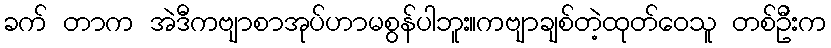
ခက် တာက အဲဒီကဗျာစာအုပ်ဟာမစွန်ပါဘူး။ကဗျာချစ်တဲ့ထုတ်ဝေသူ တစ်ဦးက